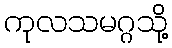
ကုလသမဂ္ဂသို့